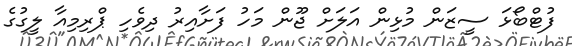
ފުޓްބޯޅަ ސީޒަން މުޅިން އަލަށް ޖޫން މަހު ފަށާއިރު ދިވެހި ޕްރިމިއާ ލީގުގެ